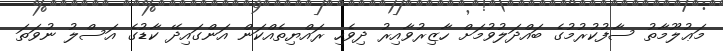
މަޢުލޫމާތު ސާފުކުރުމުގެ ބައްދަލުވުމަށް ހާޒިރުވާއިރު ދިވެހި ރައްޔިތެއްކަން އަންގައިދޭ ކާޑުގެ އަސްލު ނުވަތަ